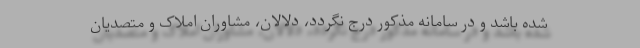
شده باشد و در سامانه مذکور درج نگردد، دلالان، مشاوران املاک و متصدیان